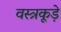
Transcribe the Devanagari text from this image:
वस्त्रकूड़े